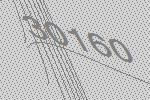
30160